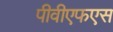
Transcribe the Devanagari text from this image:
पीवीएफएस